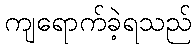
ကျရောက်ခဲ့ရသည်